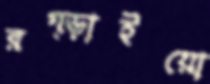
রগ্‌ড়াইয়ো